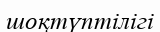
шоқтүптілігі